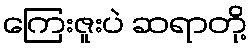
ကြေးဇူးပဲ ဆရာတို့